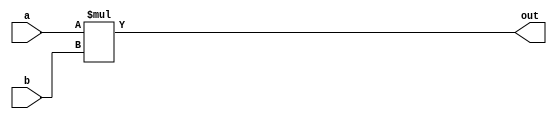
`timescale 1ns / 1ps
//////////////////////////////////////////////////////////////////////////////////
// Company: 
// Engineer: 
// 
// Design Name: 
// Module Name: mult_inf
// Project Name: 
// Target Devices: 
// Tool Versions: 
// Description: 
// 
// Dependencies: 
// 
// Revision:
// Revision 0.01 - File Created
// Additional Comments:
// 
//////////////////////////////////////////////////////////////////////////////////


module mult_inf #(parameter SIZE = 32)(

    input wire [SIZE - 1:0] a, b,
    output reg [2*SIZE - 1:0] out

    );
    
    always @ (a, b) begin
        out <= a * b;
    end
endmodule